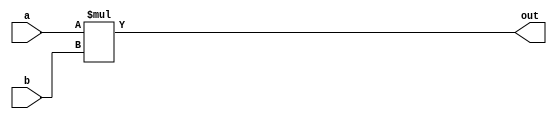
`timescale 1ns / 1ps
//////////////////////////////////////////////////////////////////////////////////
// Company: 
// Engineer: 
// 
// Design Name: 
// Module Name: mult_inf
// Project Name: 
// Target Devices: 
// Tool Versions: 
// Description: 
// 
// Dependencies: 
// 
// Revision:
// Revision 0.01 - File Created
// Additional Comments:
// 
//////////////////////////////////////////////////////////////////////////////////


module mult_inf #(parameter SIZE = 32)(

    input wire [SIZE - 1:0] a, b,
    output reg [2*SIZE - 1:0] out

    );
    
    always @ (a, b) begin
        out <= a * b;
    end
endmodule